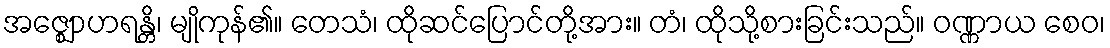
အဇ္ဈောဟရန္တိ၊ မျိုကုန်၏။ တေသံ၊ ထိုဆင်ပြောင်တို့အား။ တံ၊ ထိုသို့စားခြင်းသည်။ ဝဏ္ဏာယ စေဝ၊